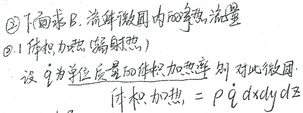
\textcircled{2} 下面求 \(B\)，流体微团内的净热流量。\textcircled{1}（体积加热，辐射热）设 \(\dot{q}\) 为单位质量的体积加热率，对此微团，体积加热 \(=\rho\dot{q}dxdydz\) 。